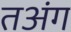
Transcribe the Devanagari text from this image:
तअंग